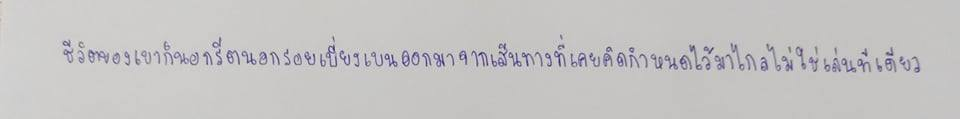
ชีวิตของเขาก็ออกนอกรีตนอกรอยเบี่ยงเบนออกมาจากเส้นทางที่เคยคิดกำหนดไว้มาไกลไม่ใช่เล่นทีเดียว